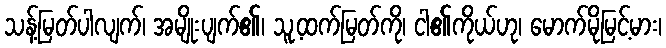
သန့်မြတ်ပါလျက်၊ အမျိုးပျက်၏၊ သူ့ထက်မြတ်ကို၊ ငါ၏ကိုယ်ဟု၊ မောက်မိုမြင့်မား၊